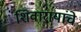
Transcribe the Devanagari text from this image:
शिवारायांचे